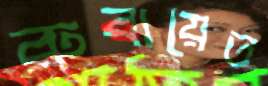
রুবায়েত